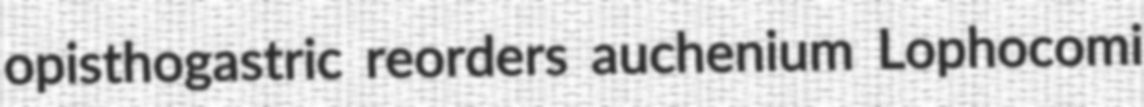
opisthogastric reorders auchenium Lophocomi